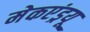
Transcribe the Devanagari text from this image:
मेकएंड्रयू